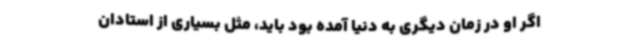
اگر او در زمان دیگری به دنیا آمده بود باید، مثل بسیاری از استادان